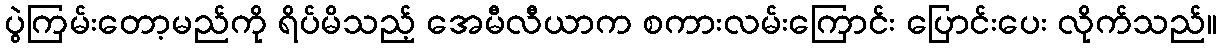
ပွဲကြမ်းတော့မည်ကို ရိပ်မိသည့် အေမီလီယာက စကားလမ်းကြောင်း ပြောင်းပေး လိုက်သည်။